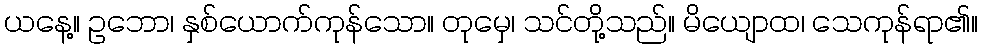
ယနေ့။ ဥဘော၊ နှစ်ယောက်ကုန်သော။ တုမှေ၊ သင်တို့သည်။ မိယျောထ၊ သေကုန်ရာ၏။